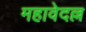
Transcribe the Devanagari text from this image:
महावेदल्ल